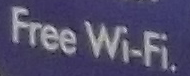
Free Wi-Fi.